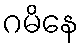
ဂမိနေ